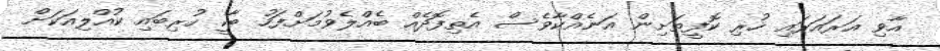
އާވި އަރައަރައި ހުރި ކޮފީތަށިން އަނެއްކާވެސް އެތިފޮދެއް ބެއްލެވުމަށްފަހު ބާކީ ހުރިބައި ކުއްލިއަކަށް